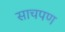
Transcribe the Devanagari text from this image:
साचपण